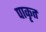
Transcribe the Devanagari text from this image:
पाकृत